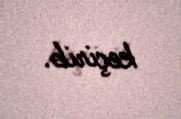
keçirib.